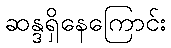
ဆန္ဒရှိနေကြောင်း